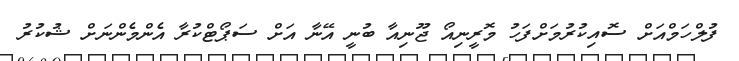
ފުލްހަމްއަށް ސޮއިކުރުމަށްފަހު މޮރީނިއޯ ޖޫނިއާ ބުނީ އޭނާ އަށް ސަޕޯޓްކުރާ އެންމެންނަށް ޝުކުރު